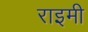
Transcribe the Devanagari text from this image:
राइमी